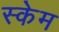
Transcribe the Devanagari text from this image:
स्केम